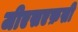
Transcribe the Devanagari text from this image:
जीएसएफ़सी